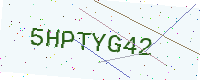
Text: 5HPTYG42